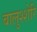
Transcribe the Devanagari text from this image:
बालुश्शेरि